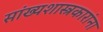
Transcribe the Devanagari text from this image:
सांख्यशास्त्रकारांना